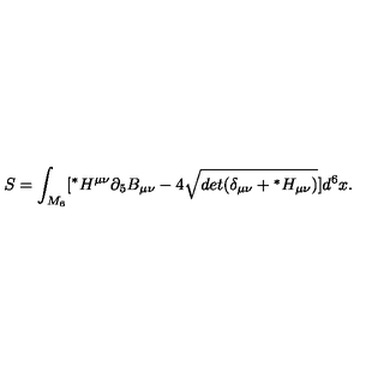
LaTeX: S = \int _ { M _ { 6 } } [ { } ^ { * } H ^ { \mu \nu } \partial _ { 5 } B _ { \mu \nu } - 4 { } \sqrt { d e t ( \delta _ { \mu \nu } + { } ^ { * } H _ { \mu \nu } ) } ] d ^ { 6 } x .